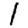
Digit: 1